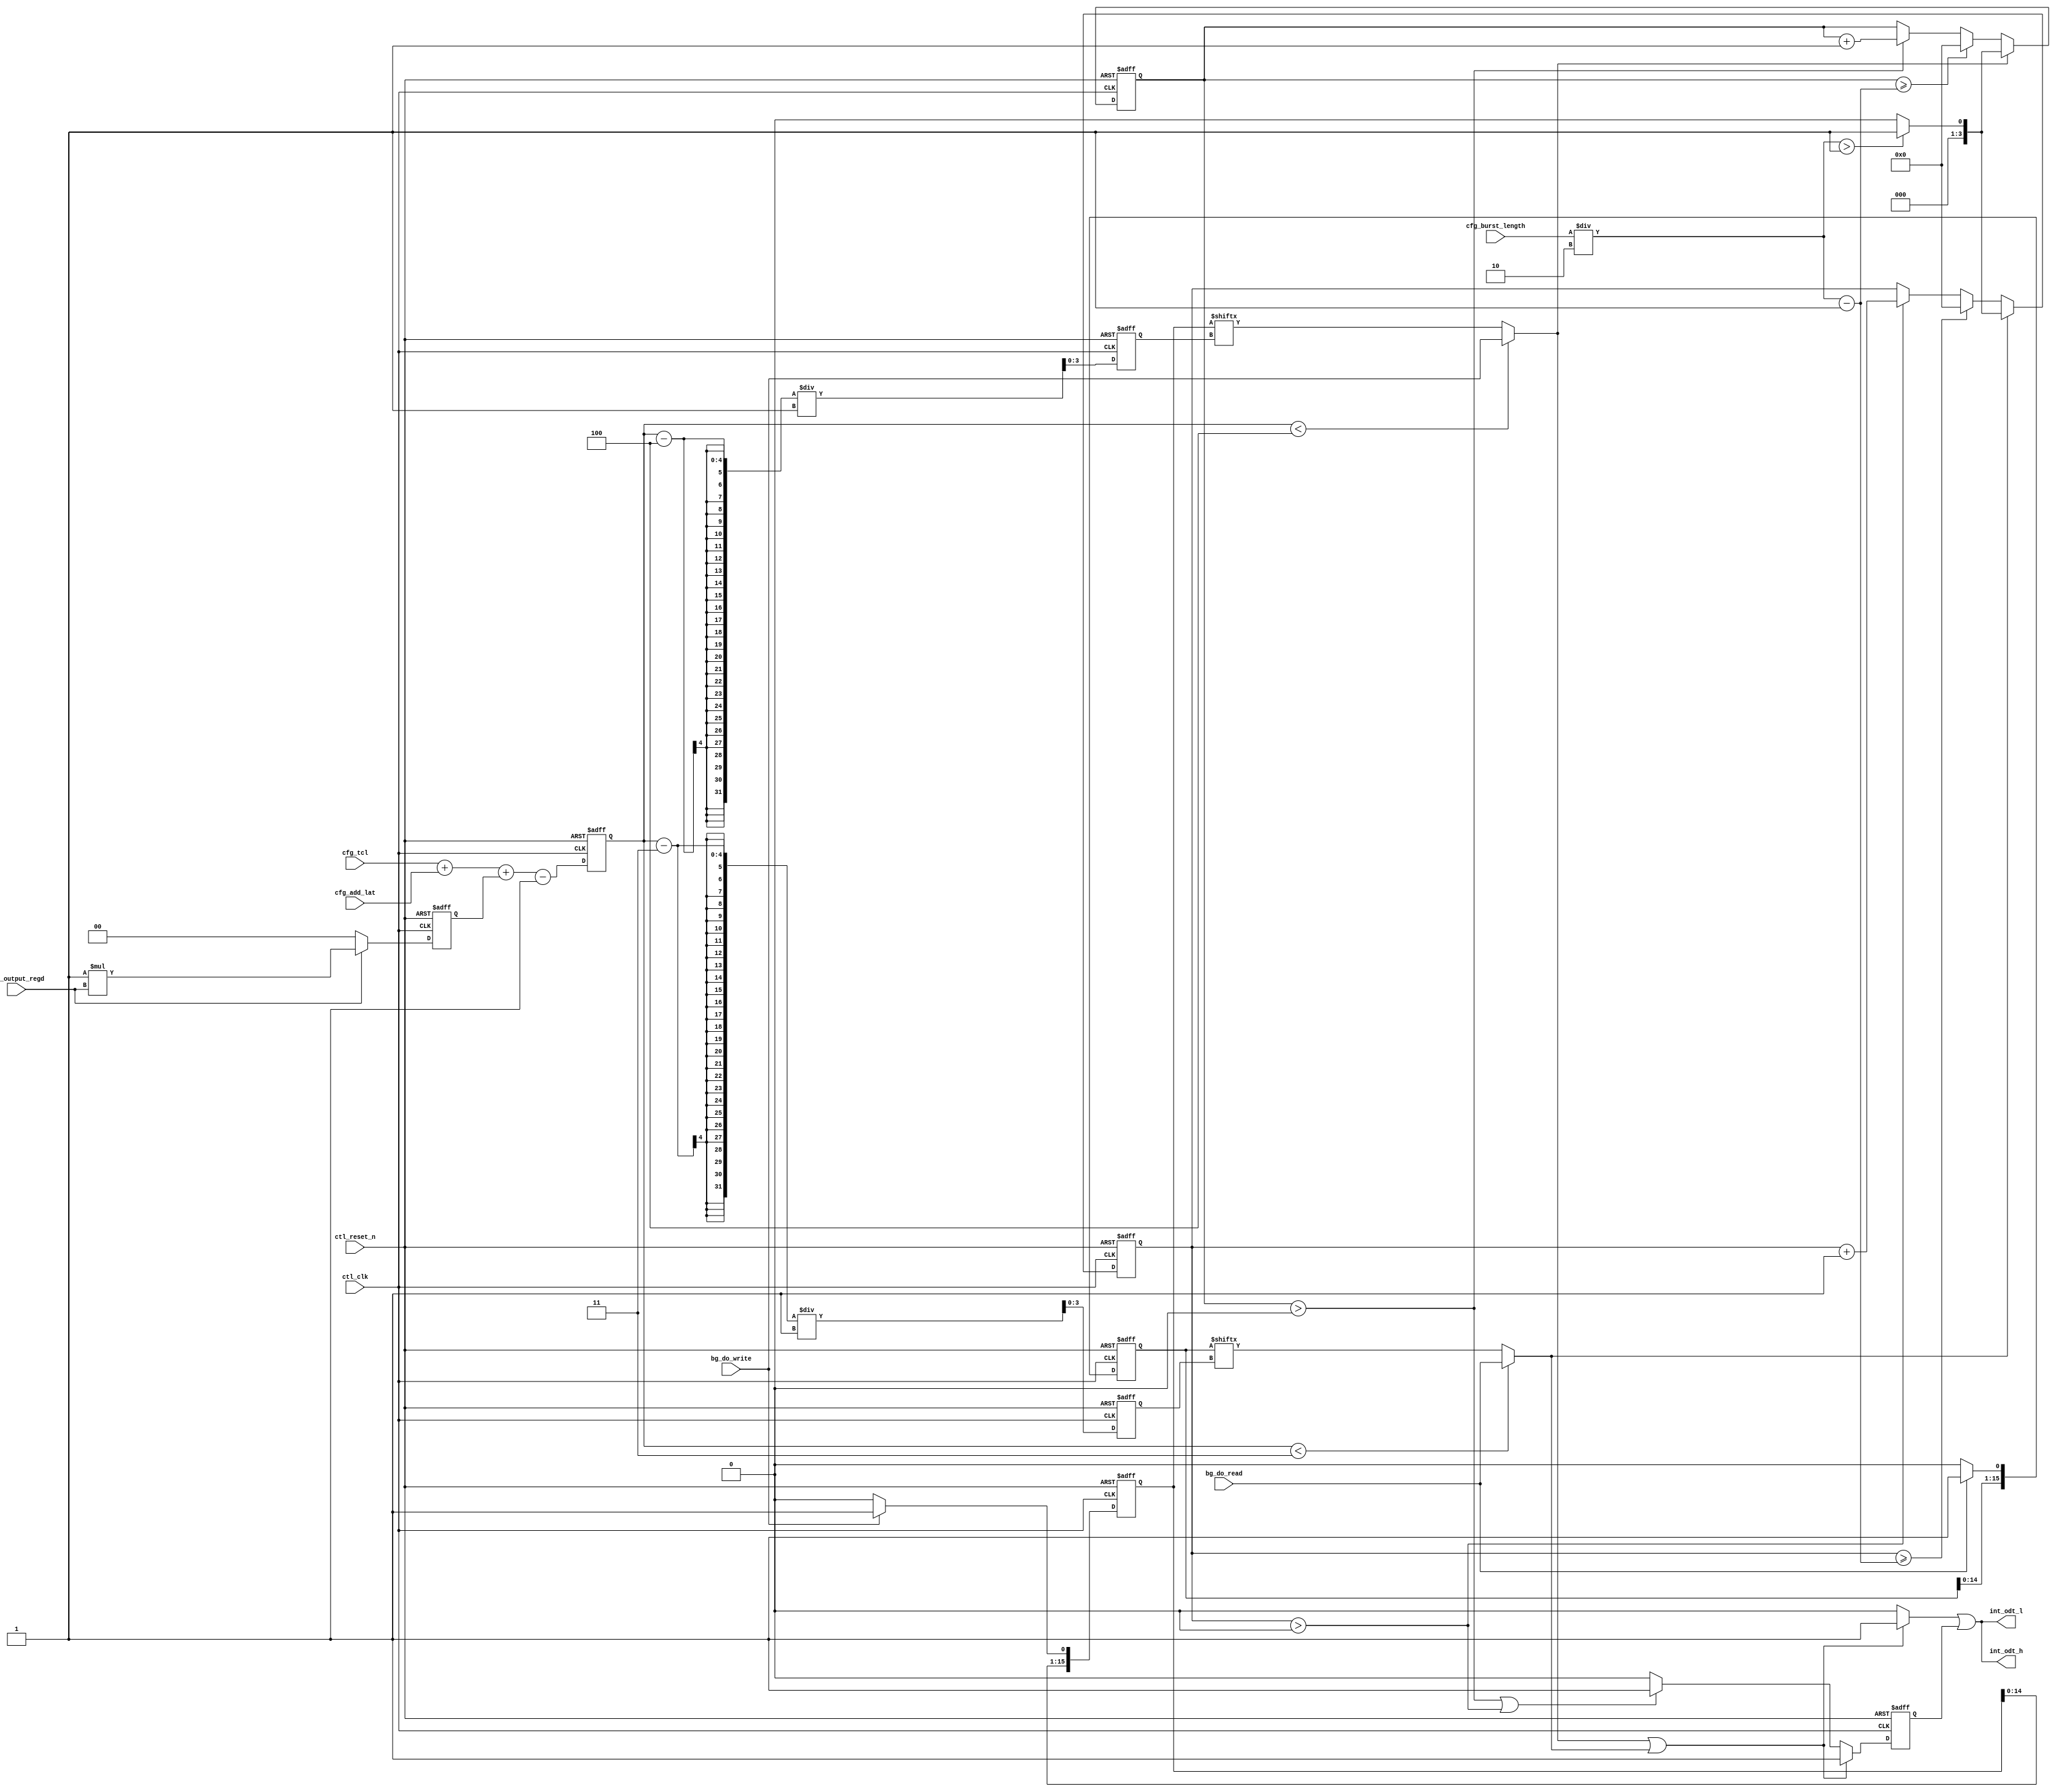

//altera message_off 10230 10036

//For tCL = 3 and tCWL = 2 rdwr_data_tmg block output must be registered in order to support ODT

`timescale 1 ps / 1 ps

module alt_mem_ddrx_ddr2_odt_gen
    # ( parameter
        CFG_DWIDTH_RATIO              =   2,
        CFG_PORT_WIDTH_ADD_LAT        =   3,
        CFG_PORT_WIDTH_OUTPUT_REGD    =   1,
        CFG_PORT_WIDTH_TCL            =   4
    )
    (
        ctl_clk,
        ctl_reset_n,
        cfg_tcl,
        cfg_add_lat,
        cfg_burst_length,
        cfg_output_regd,
        bg_do_write,
        bg_do_read,
        int_odt_l,
        int_odt_h
    );
    
    //=================================================================================================//
    //        Local parameter definition                                                               //
    //=================================================================================================//
    
    localparam  integer CFG_TCL_PIPE_LENGTH =   2**CFG_PORT_WIDTH_TCL; // okay to size this to 4 since max latency in DDR2 is 7+6=13
    localparam          CFG_TAOND           =   2;
    localparam          CFG_TAOFD           =   2.5;
    
    //=================================================================================================//
    //        input/output declaration                                                                 //
    //=================================================================================================//
    
    input                                    ctl_clk;
    input                                    ctl_reset_n;
    input   [CFG_PORT_WIDTH_TCL-1:0]         cfg_tcl;
    input   [CFG_PORT_WIDTH_ADD_LAT-1:0]     cfg_add_lat;
    input   [4:0]                            cfg_burst_length;
    input   [CFG_PORT_WIDTH_OUTPUT_REGD-1:0] cfg_output_regd;
    
    input                                    bg_do_write;
    input                                    bg_do_read;
    
    output                                   int_odt_l;
    output                                   int_odt_h;
    
    //=================================================================================================//
    //        reg/wire declaration                                                                     //
    //=================================================================================================//
    
    wire bg_do_write;
    wire bg_do_read;
    
    reg  [1:0] regd_output;
    
    reg  [CFG_PORT_WIDTH_TCL-1:0] int_tcwl_unreg;
    reg  [CFG_PORT_WIDTH_TCL-1:0] int_tcwl;
    reg                           int_tcwl_even;
    reg                           int_tcwl_odd;
    
    reg  [CFG_PORT_WIDTH_TCL-1:0] write_latency;
    reg  [CFG_PORT_WIDTH_TCL-1:0] read_latency;
    
    wire int_odt_l;
    wire int_odt_h;
    
    reg reg_odt_l;
    reg reg_odt_h;
    
    reg combi_odt_l;
    reg combi_odt_h;
    
    reg [1:0] offset_code;
    
    reg start_odt_write;
    reg start_odt_read;
    
    reg [CFG_TCL_PIPE_LENGTH-1:0] do_write_pipe;
    reg [CFG_TCL_PIPE_LENGTH-1:0] do_read_pipe;
    
    reg [3:0]   doing_write_count;
    reg [3:0]   doing_read_count;
    
    always @ (posedge ctl_clk or negedge ctl_reset_n)
        begin
            if (!ctl_reset_n)
                begin
                    regd_output <= 0;
                end
            else
                begin
                    if (cfg_output_regd)
                        regd_output <= (CFG_DWIDTH_RATIO / 2) * cfg_output_regd;
                    else
                        regd_output <= 2'd0;
                end
        end
    
    always @ (*)
        begin
            int_tcwl_unreg = cfg_tcl + cfg_add_lat + regd_output - 1'b1;
        end
    
    always @(posedge ctl_clk, negedge ctl_reset_n)
        begin
            if (!ctl_reset_n)
                int_tcwl    <=  0;
            else
                int_tcwl    <=  int_tcwl_unreg;
        end
    
    always @ (posedge ctl_clk or negedge ctl_reset_n)
        begin
            if (!ctl_reset_n)
                begin
                    int_tcwl_even <= 1'b0;
                    int_tcwl_odd  <= 1'b0;
                end
            else
                begin
                    if (int_tcwl % 2 == 0)
                        begin
                            int_tcwl_even <= 1'b1;
                            int_tcwl_odd  <= 1'b0;
                        end
                    else
                        begin
                            int_tcwl_even <= 1'b0;
                            int_tcwl_odd  <= 1'b1;
                        end
                end
        end
    
    always @ (posedge ctl_clk or negedge ctl_reset_n)
        begin
            if (!ctl_reset_n)
                begin
                    write_latency <= 0;
                    read_latency  <= 0;
                end
            else
                begin
                    write_latency <= (int_tcwl - 4) / (CFG_DWIDTH_RATIO / 2);
                    read_latency  <= (int_tcwl - 3) / (CFG_DWIDTH_RATIO / 2);
                end
        end
    
    //=================================================================================================//
    //        Delay ODT signal to match READ DQ/DQS                                                    //
    //=================================================================================================//
    
    always @(posedge ctl_clk, negedge ctl_reset_n)
        begin
            if (!ctl_reset_n)
                do_read_pipe    <=  0;
            else
                if (bg_do_read)
                    do_read_pipe    <=  {do_read_pipe[CFG_TCL_PIPE_LENGTH-2:0],bg_do_read};
                else
                    do_read_pipe    <=  {do_read_pipe[CFG_TCL_PIPE_LENGTH-2:0],1'b0};
        end
    
    always @(*)
        begin
            if (int_tcwl < 3)
                start_odt_read  =  bg_do_read;
            else
                start_odt_read  =  do_read_pipe[read_latency];
        end
    
    always @(posedge ctl_clk, negedge ctl_reset_n)
        begin
            if (!ctl_reset_n)
                begin doing_read_count   <=  0; end
            else
                begin
                    if (start_odt_read)
                        begin
                            if ((cfg_burst_length / CFG_DWIDTH_RATIO) > 1)
                                doing_read_count   <=  1;
                            else
                                doing_read_count   <=  0;
                        end
                    else if (doing_read_count >= ((cfg_burst_length / CFG_DWIDTH_RATIO) - 1))
                        begin
                            doing_read_count   <=  0;
                        end
                    else if (doing_read_count > 0)
                        begin
                            doing_read_count   <=  doing_read_count + 1'b1;
                        end
                end
        end
    
    //=================================================================================================//
    //        Delay ODT signal to match WRITE DQ/DQS                                                   //
    //=================================================================================================//
    
    always @(posedge ctl_clk, negedge ctl_reset_n)
        begin
            if (!ctl_reset_n)
                do_write_pipe    <=  0;
            else
                if (bg_do_write)
                    do_write_pipe    <=  {do_write_pipe[CFG_TCL_PIPE_LENGTH-2:0],bg_do_write};
                else
                    do_write_pipe    <=  {do_write_pipe[CFG_TCL_PIPE_LENGTH-2:0],1'b0};
        end
    
    always @(*)
        begin
            if (int_tcwl < 4)
                start_odt_write =  bg_do_write;
            else
                start_odt_write =  do_write_pipe[write_latency];
        end
    
    always @(posedge ctl_clk, negedge ctl_reset_n)
        begin
            if (!ctl_reset_n)
                doing_write_count   <=  0;
            else
                if (start_odt_write)
                    begin
                        if ((cfg_burst_length / CFG_DWIDTH_RATIO) > 1)
                            doing_write_count   <=  1;
                        else
                            doing_write_count   <=  0;
                    end
                else if (doing_write_count >= ((cfg_burst_length / CFG_DWIDTH_RATIO) - 1))
                    begin
                        doing_write_count   <=  0;
                    end
                else if (doing_write_count > 0)
                    begin
                        doing_write_count   <=  doing_write_count + 1'b1;
                    end
        end
    
    //=================================================================================================//
    //        ODT signal generation block                                                              //
    //=================================================================================================//
    
    always @ (*)
        begin
            if (CFG_DWIDTH_RATIO == 2) // full rate
                begin
                    if (start_odt_write || start_odt_read)
                        begin
                            combi_odt_h = 1'b1;
                            combi_odt_l = 1'b1;
                        end
                    else
                        begin
                            combi_odt_h = 1'b0;
                            combi_odt_l = 1'b0;
                        end
                end
            else // half and quarter rate
                begin
                    if (int_tcwl_even)
                        begin
                            if (start_odt_write)
                                begin
                                    combi_odt_h = 1'b1;
                                    combi_odt_l = 1'b1;
                                end
                            else if (start_odt_read)
                                begin
                                    combi_odt_h = 1'b1;
                                    combi_odt_l = 1'b0;
                                end
                            else
                                begin
                                    combi_odt_h = 1'b0;
                                    combi_odt_l = 1'b0;
                                end
                        end
                    else
                        begin
                            if (start_odt_write)
                                begin
                                    combi_odt_h = 1'b1;
                                    combi_odt_l = 1'b0;
                                end
                            else if (start_odt_read)
                                begin
                                    combi_odt_h = 1'b1;
                                    combi_odt_l = 1'b1;
                                end
                            else
                                begin
                                    combi_odt_h = 1'b0;
                                    combi_odt_l = 1'b0;
                                end
                        end
                end
        end
    
    always @ (posedge ctl_clk or negedge ctl_reset_n)
        begin
            if (!ctl_reset_n)
                begin
                    reg_odt_h <= 1'b0;
                    reg_odt_l <= 1'b0;
                end
            else
                begin
                    if (CFG_DWIDTH_RATIO == 2) // full rate
                        begin
                            if (start_odt_write || start_odt_read)
                                begin
                                    reg_odt_h <= 1'b1;
                                    reg_odt_l <= 1'b1;
                                end
                            else if (doing_write_count > 0 || doing_read_count > 0)
                                begin
                                    reg_odt_h <= 1'b1;
                                    reg_odt_l <= 1'b1;
                                end
                            else
                                begin
                                    reg_odt_h <= 1'b0;
                                    reg_odt_l <= 1'b0;
                                end
                        end
                    else // half and quarter rate
                        begin
                            if (start_odt_write)
                                begin
                                    if ((cfg_burst_length / CFG_DWIDTH_RATIO) > 1)
                                        begin
                                            reg_odt_h <= 1'b1;
                                            reg_odt_l <= 1'b1;
                                        end
                                    else
                                        begin
                                            if (int_tcwl_even)
                                                begin
                                                    reg_odt_h <= 1'b0;
                                                    reg_odt_l <= 1'b1;
                                                end
                                            else
                                                begin
                                                    reg_odt_h <= 1'b1;
                                                    reg_odt_l <= 1'b1;
                                                end
                                        end
                                end
                            else if (start_odt_read)
                                begin
                                    if ((cfg_burst_length / CFG_DWIDTH_RATIO) > 1)
                                        begin
                                            reg_odt_h <= 1'b1;
                                            reg_odt_l <= 1'b1;
                                        end
                                    else
                                        begin
                                            if (int_tcwl_odd)
                                                begin
                                                    reg_odt_h <= 1'b0;
                                                    reg_odt_l <= 1'b1;
                                                end
                                            else
                                                begin
                                                    reg_odt_h <= 1'b1;
                                                    reg_odt_l <= 1'b1;
                                                end
                                        end
                                end
                            else if (doing_write_count > 0)
                                begin
                                    if (doing_write_count < ((cfg_burst_length / CFG_DWIDTH_RATIO) - 1))
                                        begin
                                            reg_odt_h <= 1'b1;
                                            reg_odt_l <= 1'b1;
                                        end
                                    else
                                        begin
                                            if (int_tcwl_even)
                                                begin
                                                    reg_odt_h <= 1'b0;
                                                    reg_odt_l <= 1'b1;
                                                end
                                            else
                                                begin
                                                    reg_odt_h <= 1'b1;
                                                    reg_odt_l <= 1'b1;
                                                end
                                        end
                                end
                            else if (doing_read_count > 0)
                                begin
                                    if (doing_read_count < ((cfg_burst_length / CFG_DWIDTH_RATIO) - 1))
                                        begin
                                            reg_odt_h <= 1'b1;
                                            reg_odt_l <= 1'b1;
                                        end
                                    else
                                        begin
                                            if (int_tcwl_odd)
                                                begin
                                                    reg_odt_h <= 1'b0;
                                                    reg_odt_l <= 1'b1;
                                                end
                                            else
                                                begin
                                                    reg_odt_h <= 1'b1;
                                                    reg_odt_l <= 1'b1;
                                                end
                                        end
                                end
                            else
                                begin
                                    reg_odt_h <= 1'b0;
                                    reg_odt_l <= 1'b0;
                                end
                        end
                end
        end
    
    generate
        if (CFG_DWIDTH_RATIO == 2) // full rate
            begin
                assign  int_odt_h   = combi_odt_h | reg_odt_h;
                assign  int_odt_l   = combi_odt_h | reg_odt_h;
            end
        else if (CFG_DWIDTH_RATIO == 4) // half rate
            begin
                assign  int_odt_h   = combi_odt_h | reg_odt_h;
                assign  int_odt_l   = combi_odt_l | reg_odt_l;
            end
        else if (CFG_DWIDTH_RATIO == 8) // quarter rate
            begin
                
            end
    endgenerate

endmodule